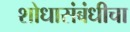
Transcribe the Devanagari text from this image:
शोधासंबंधीचा